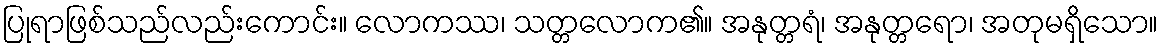
ပြုရာဖြစ်သည်လည်းကောင်း။ လောကဿ၊ သတ္တလောက၏။ အနုတ္တရံ၊ အနုတ္တရော၊ အတုမရှိသော။